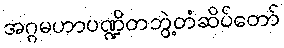
အဂ္ဂမဟာပဏ္ဍိတဘွဲ့တံဆိပ်တော်